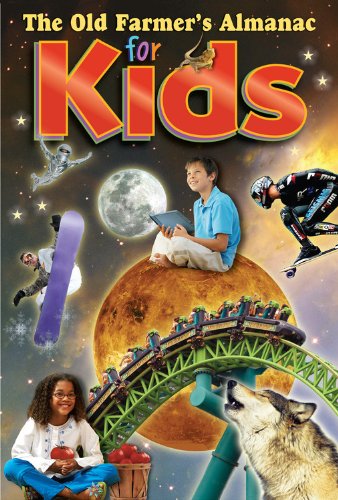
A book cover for The Old Farmer's Almanac for Kids, Volume 5; Old FarmerEEs Almanac; Reference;